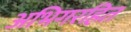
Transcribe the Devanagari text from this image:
अभिगरहित